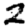
Digit: 2